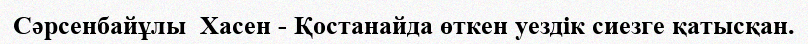
Сәрсенбайұлы  Хасен - Қостанайда өткен уездік сиезге қатысқан.